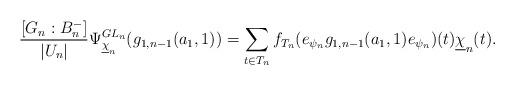
LaTeX: \begin{align*} \frac{[G_n:B_{n}^{-}]}{|U_n|} \Psi_{\underline{\chi}_{n}}^{GL_{n}}(g_{1,n-1}(a_1,1))=\sum_{t\in T_n}f_{T_n}(e_{\psi_n}g_{1,n-1}(a_1,1)e_{\psi_n})(t)\underline{\chi}_n(t).\end{align*}